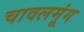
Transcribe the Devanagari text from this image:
चावलमूंग